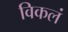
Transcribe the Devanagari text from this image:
विकलं